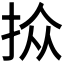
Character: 𪭮